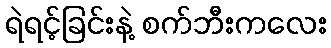
ရဲရင့်ခြင်းနဲ့ စက်ဘီးကလေး